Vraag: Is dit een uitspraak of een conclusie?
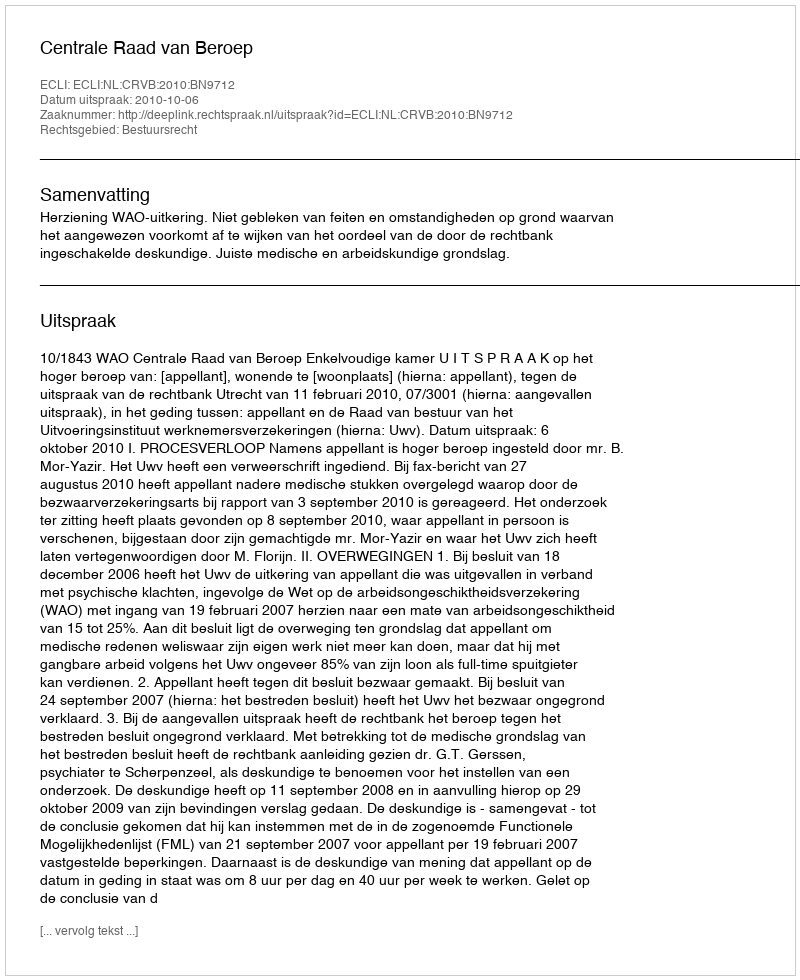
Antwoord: Uitspraak